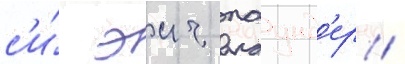
с'и́ эич паунд'ер /